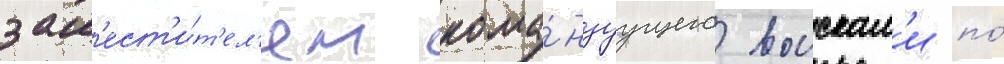
зам'ест'и́т'ел'ем кома́ндуущего воискам'и по́